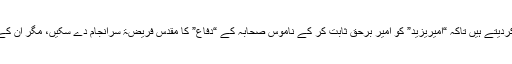
اکیسویں صدی کے یہ محققین تو عشق صحابہؓ میں اس قدر سرشار ہیں کہ فوراً تاریخ کا آپریشن شروع کردیتے ہیں تاکہ “امیریزید” کو امیر برحق ثابت کر کے ناموس صحابہؓ کے “دفاع” کا مقدس فریضۃ سرانجام دے سکیں، مگر ان کے اکابرین میں کسی کو اس عشق صحابہؓ عشر عشیر بھی معاذاللہ نصیب نہ ہوا کہ وہ یہ مقدس کام کرتا ۔